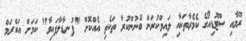
ރޫމާއި ސްޓޫޑިއޯގެ ކެމެރާތަކާއި ލައިވްކުރަން ބޭނުންކުރާ ތަކެތި އެއްކޮށް "ފުނޑާލާފައިވާ" ކަމަށް އަކްރަމް